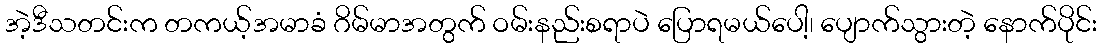
အဲ့ဒီသတင်းက တကယ့်အမာခံ ဂိမ်မာအတွက် ဝမ်းနည်းစရာပဲ ပြောရမယ်ပေါ့၊ ပျောက်သွားတဲ့ နောက်ပိုင်း